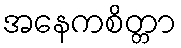
အနေကစိတ္တာ